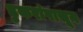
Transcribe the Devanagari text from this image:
डुकरांपासून